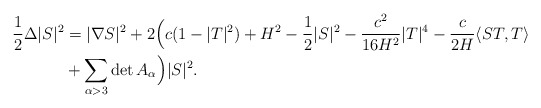
\begin{align*}\frac{1}{2}\Delta|S|^2&=|\nabla S|^2+2\Big(c(1-|T|^2)+H^2-\frac{1}{2}|S|^2-\frac{c^2}{16H^2}|T|^4-\frac{c}{2H}\langle ST,T\rangle\\&+\sum_{\alpha>3}\det A_{\alpha}\Big)|S|^2.\end{align*}